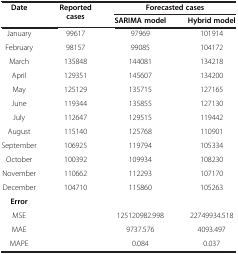
<table><thead><tr><td><b>Date</b></td><td><b>Reported cases</b></td><td colspan="2"><b>Forecasted cases</b></td></tr><tr><td><b> </b></td><td><b> </b></td><td><b>SARIMA model</b></td><td><b>Hybrid model</b></td></tr></thead><tbody><tr><td>January</td><td>99617</td><td>97969</td><td>101914</td></tr><tr><td>February</td><td>98157</td><td>99085</td><td>104172</td></tr><tr><td>March</td><td>135848</td><td>144081</td><td>134218</td></tr><tr><td>April</td><td>129351</td><td>145607</td><td>134200</td></tr><tr><td>May</td><td>125129</td><td>135715</td><td>127165</td></tr><tr><td>June</td><td>119344</td><td>135855</td><td>127130</td></tr><tr><td>July</td><td>112647</td><td>129515</td><td>119442</td></tr><tr><td>August</td><td>115140</td><td>125768</td><td>110901</td></tr><tr><td>September</td><td>106925</td><td>119794</td><td>105334</td></tr><tr><td>October</td><td>100392</td><td>109934</td><td>108230</td></tr><tr><td>November</td><td>110662</td><td>112293</td><td>107170</td></tr><tr><td>December</td><td>104710</td><td>115860</td><td>105263</td></tr><tr><td><b>Error</b></td><td> </td><td> </td><td> </td></tr><tr><td>MSE</td><td> </td><td>125120982.998</td><td>22749934.518</td></tr><tr><td>MAE</td><td> </td><td>9737.576</td><td>4093.497</td></tr><tr><td>MAPE</td><td> </td><td>0.084</td><td>0.037</td></tr></tbody></table>